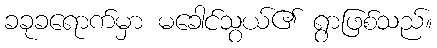
ခခုခရောက်မှာ မခေါင်သွယ်၏ ရွာဖြစ်သည်။